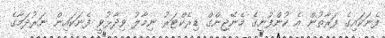
ފެނަކައިގެ ފަރާތުން އެ ކުންފުނީގެ މެނޭޖިންގް ޑިރެކްޓަރު ނިމާލު ވިދާޅުވީ ފެނަކައިން ނަރުދަމާގެ